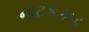
નાટકકાર